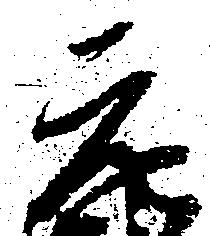
元